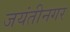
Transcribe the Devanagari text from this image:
जयंतीनगर